Indian journal of veterinary science and animal husbandry - Volume 2,
Year: 1932
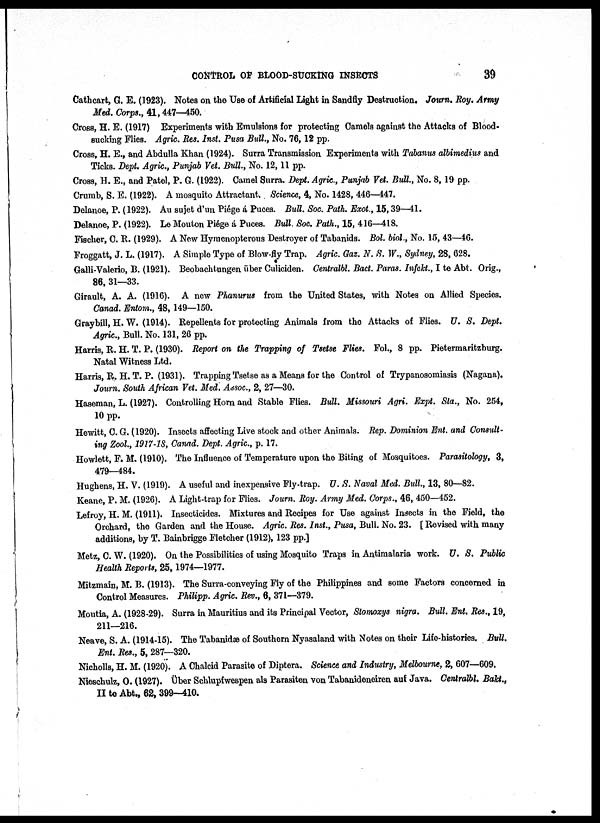
CONTROL OF BLOOD-SUCKING INSECTS
39
Cathcart, G. E. (1923). Notes on the Use of Artificial Light in Sandfly Destruction. Journ. Roy. Army
Med. Corps., 41, 447—450.
Cross, H. E. (1917) Experiments with Emulsions for protecting Camels against the Attacks of Blood-
sucking Flies. Agric. Res. Inst. Pusa Bull., No. 76, 12 pp.
Cross, H. E., and Abdulla Khan (1924). Surra Transmission Experiments with Tabanus albimedius and
Ticks. Dept. Agric., Punjab Vet. Bull., No. 12, 11 pp.
Cross, H. E., and Patel, P. G. (1922). Camel Surra. Dept. Agric., Punjab Vet. Bull., No. 8, 19 pp.
Crumb, S. E. (1922). A mosquito Attractant. Science, 4, No. 1428, 446—447.
Delanoe, P. (1922). Au sujet d'un Piége á Puces. Bull. Soc. Path. Exot., 15, 39—41.
Delanoe, P. (1922). Le Mouton Piége á Puces. Bull. Soc. Path., 15, 416—418.
Fischer, C. R. (1929). A New Hymenopterous Destroyer of Tabanids. Bol. biol., No. 15, 43—46.
Froggatt, J. L. (1917). A Simple Type of Blow-fly Trap. Agric. Gaz. N. S. W., Sydney, 28, 628.
Galli-Valerio, B. (1921). Beobachtungen über Culiciden. Centralbl. Bact. Paras. Infekt., I te Abt. Orig.,
86, 31—33.
Girault, A. A. (1916). A new Phanurus from the United States, with Notes on Allied Species.
Canad. Entom., 48, 149—150.
Graybill, H. W. (1914). Repellents for protecting Animals from the Attacks of Flies. U. S. Dept.
Agric., Bull. No. 131, 26 pp.
Harris, R. H. T. P. (1930). Report on the Trapping of Tsetse Flies. Fol., 8 pp. Pietermaritzburg.
Natal Witness Ltd.
Harris, R. H. T. P. (1931). Trapping Tsetse as a Means for the Control of Trypanosomiasis (Nagana).
Journ. South African Vet. Med. Assoc., 2, 27—30.
Haseman, L. (1927). Controlling Horn and Stable Flies. Bull. Missouri Agri. Expt. Sta., No. 254,
10 pp.
Hewitt, C. G. (1920). Insects affecting Live stock and other Animals. Rep. Dominion Ent. and Consult-
ing Zool., 1917-18, Canad. Dept. Agric., p. 17.
Howlett, F. M. (1910). The Influence of Temperature upon the Biting of Mosquitoes. Parasitology, 3,
479—484.
Hughens, H. V. (1919). A useful and inexpensive Fly-trap. U. S. Naval Med. Bull., 13, 80—82.
Keane, P. M. (1926). A Light-trap for Flies. Journ. Roy. Army Med. Corps., 46, 450—452.
Lefroy, H. M. (1911). Insecticides. Mixtures and Recipes for Use against Insects in the Field, the
Orchard, the Garden and the House. Agric. Res. Inst., Pusa, Bull. No. 23. [ Revised with many
additions, by T. Bainbrigge Fletcher (1912), 123 pp.]
Metz, C. W. (1920). On the Possibilities of using Mosquito Traps in Antimalaria work. U. S. Public
Health Reports, 25, 1974—1977.
Mitzmain, M. B. (1913). The Surra-conveying Fly of the Philippines and some Factors concerned in
Control Measures. Philipp. Agric. Rev., 6, 371—379.
Moutia, A. (1928-29). Surra in Mauritius and its Principal Vector, Stomoxys nigra. Bull. Ent. Res., 19,
211—216.
Neave, S. A. (1914-15). The Tabanidæ of Southern Nyasaland with Notes on their Life-histories. Bull.
Ent. Res., 5, 287—320.
Nicholls, H. M. (1920). A Chalcid Parasite of Diptera. Science and Industry, Melbourne, 2, 607—609.
Nieschulz, O. (1927). Über Schlupfwespen als Parasiten von Tabanideneiren auf Java. Centralbl. Bakt.,
II to Abt., 62, 399—410.